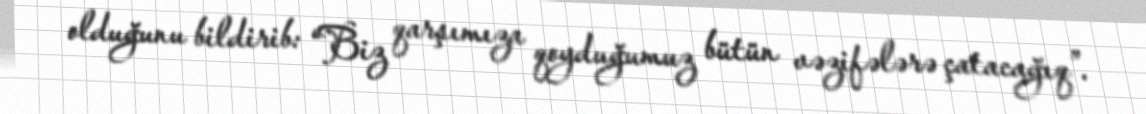
olduğunu bildirib: “Biz qarşımıza qoyduğumuz bütün vəzifələrə çatacağıq”.